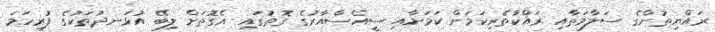
ރައްޔިތުންގެ ސަލާމަތާއި ރައްކާތެރިކަމަށް ކަމަށާއި ސީއެސްއާރުގެ ގޮތުގައި އެގޮތަށް ލިބޭ އުޅަނދުތަކުގެ ފުރިހަމަ